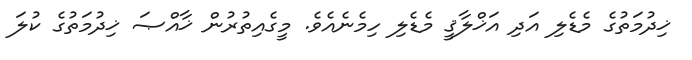
ޚިދުމަތުގެ މެޑެލި އަދި އަޚްލާޤީ މެޑެލި ހިމެނެއެވެ. މީގެއިތުރުން ޚާއްޞަ ޚިދުމަތުގެ ކުލަ